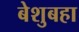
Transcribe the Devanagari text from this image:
बेशुबहा